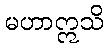
မဟာဣသိ